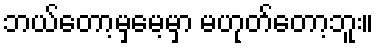
ဘယ်တော့မှမေ့မှာ မဟုတ်တော့ဘူး။